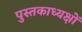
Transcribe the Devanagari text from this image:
पुस्तकाध्यक्षों